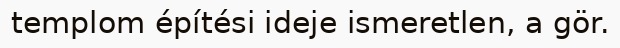
templom építési ideje ismeretlen, a gör.